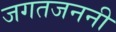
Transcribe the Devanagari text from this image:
जगतजननी